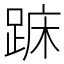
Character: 𨁤